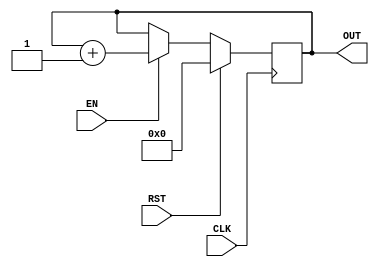
//Program to realise a 4 bit synchronous up counter...Active high enable & synchronous reset.

`timescale 1ns / 1ps

module counter4bit(CLK,RST,EN,OUT);
input CLK,RST,EN;
output [3:0] OUT;
wire CLK,RST,EN;
reg [3:0] OUT;

always@(posedge CLK)//Positive triggering
begin
	if(RST == 1'b1)//Reset is high to make the output to zero
	begin
		OUT <= 4'b0000;
	end
	else 
	if (EN == 1'b1)//Enable signal is high to make the count
	begin
		OUT <= OUT + 4'b0001;
	end
end
endmodule

//Testbench code for 4bit synchronous up counter

`timescale 1ns / 1ps
module counter4bit_tb();
reg CLK,RST,EN;
wire [3:0] OUT;

//Initial stimulus to input signals
initial
begin
	CLK<=1'b0;
	RST<=1'b0;
	EN<=1'b0;
end

// Instantiation of the Counter4bit module

counter4bit c(.CLK(CLK), .RST(RST), .EN(EN), .OUT(OUT));

//clock signal setup with a clock period of 10ns

always #10 CLK = ~CLK;

//stimulus
initial
begin
	#5 RST <= 1;
	#10 EN <= 1;
	
	#10 RST <= 0;
	#10 EN <= 1;

	#300 EN <= 0;

	#10 RST <= 1;
end
endmodule